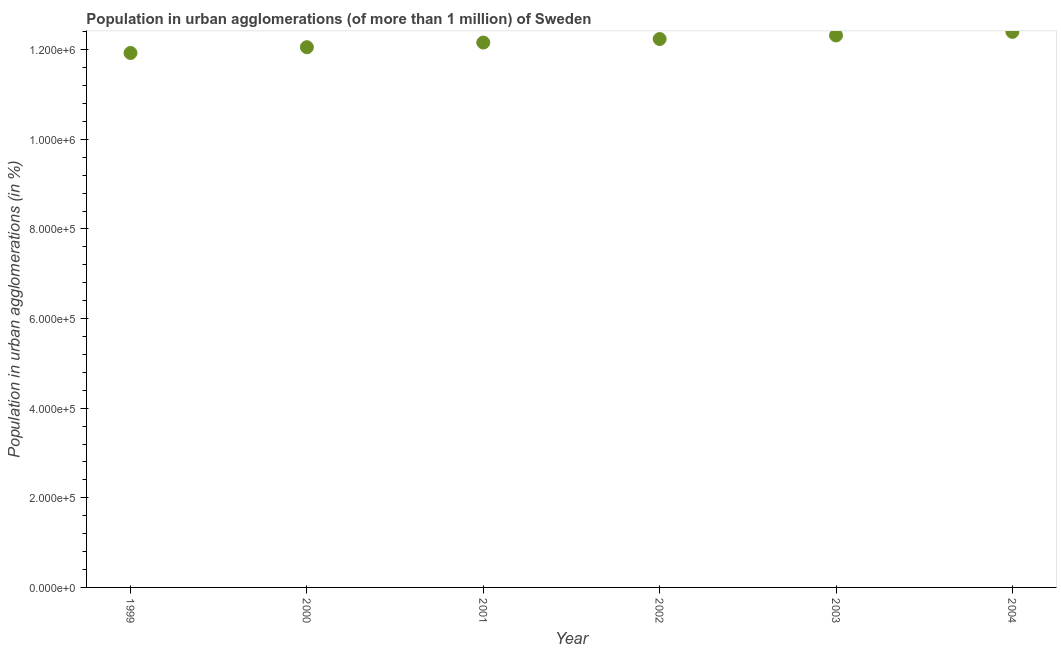
| Year | Population in urban agglomerations |
 | --- | --- |
 | 1999 | 1.19e+06 |
 | 2000 | 1.21e+06 |
 | 2001 | 1.22e+06 |
 | 2002 | 1.22e+06 |
 | 2003 | 1.23e+06 |
 | 2004 | 1.24e+06 |